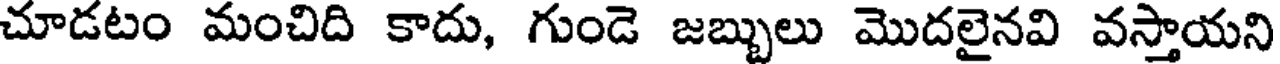
చూడటం మంచిది కాదు, గుండె జబ్బులు మొదలైనవి వస్తాయని